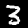
Label: 3